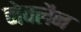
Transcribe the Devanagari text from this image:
नेक्लैन